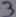
Text: 3